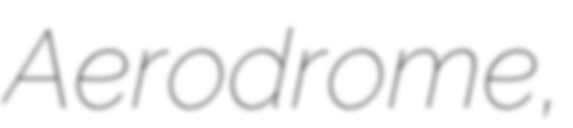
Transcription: Aerodrome,